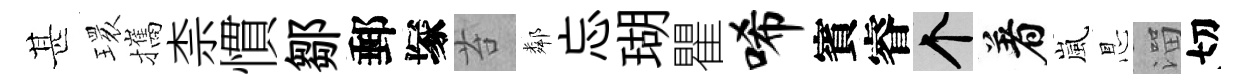
甚𤨔攜柰慣鄒郵塚苔鄰忘瑚瞿唏賓睿个着嵐㤙溜切